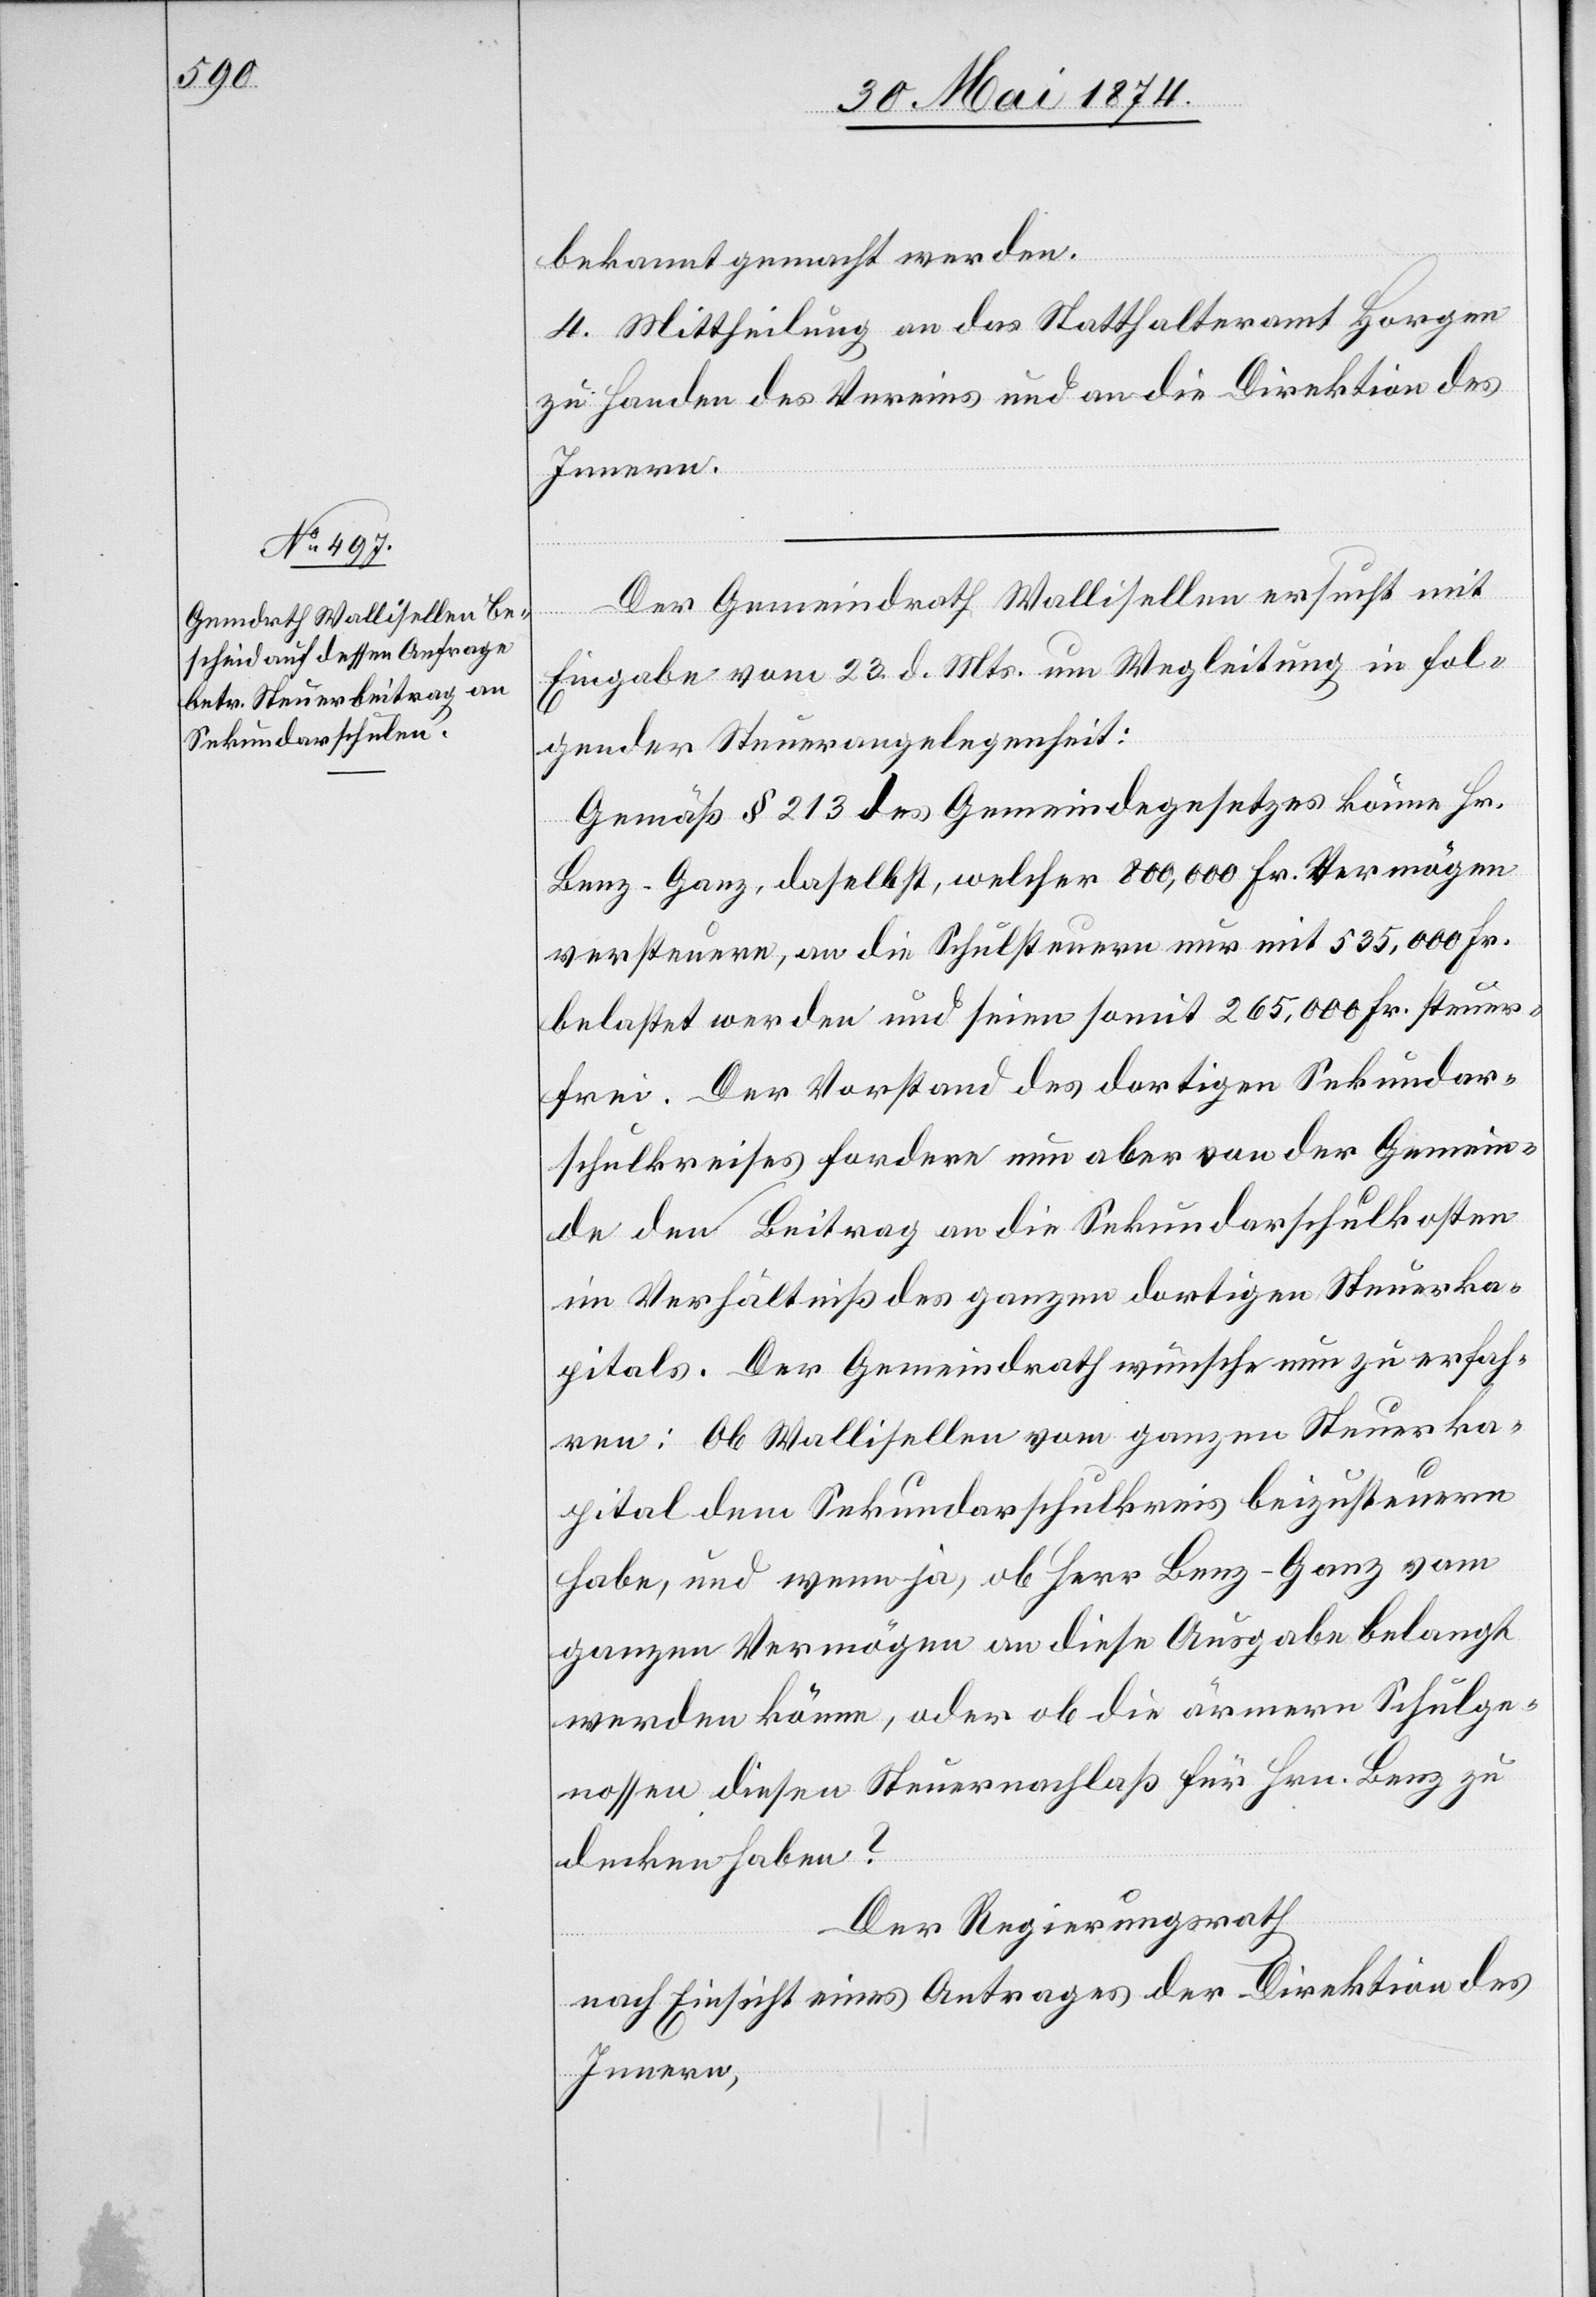
bekannt gemacht werden.
4. Mittheilung an das Statthalteramt Horgen
zu Handen des Vereins und an die Direktion des
Innern.
Der Gemeindrath Wallisellen ersucht mit
Eingabe vom 23. d. Mts. um Wegleitung in fol¬
gender Steuerangelegenheit:
Gemäß § 213 des Gemeindegesetzes könne Hr.
Benz-Ganz, daselbst, welcher 800,000 Fr. Vermögen
versteuere, an die Schulsteuern nur mit 535,000 Fr.
belastet werden und seien somit 265,000 Fr. steuer¬
frei. Der Vorstand des dortigen Sekundar¬
schulkreises fordere nun aber von der Gemein¬
de den Beitrag an die Sekundarschulkosten
im Verhältniß des ganzen dortigen Steuerka¬
pitals. Der Gemeindrath wünsche nun zu erfah¬
ren: Ob Wallisellen vom ganzen Steuerka¬
pital dem Sekundarschulkreis beizusteuern
habe, und wenn ja, ob Herr Benz-Ganz vom
ganzen Vermögen an diese Ausgabe belangt
werden könne, oder ob die ärmern Schulge¬
nossen diesen Steuernachlaß für Hrn. Benz zu
decken haben?
Der Regierungsrath
nach Einsicht eines Antrages der Direktion des
Innern,